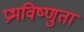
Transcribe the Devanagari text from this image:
प्रभविष्णुता